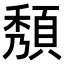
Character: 頺